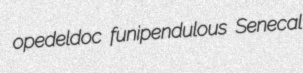
opedeldoc funipendulous Senecal